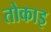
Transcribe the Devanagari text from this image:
तोकाइ